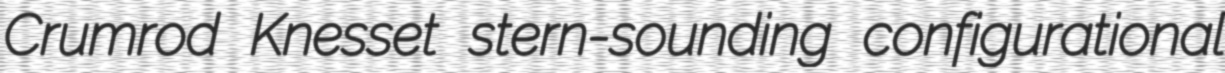
Crumrod Knesset stern-sounding configurational